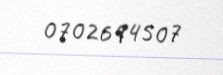
0702694507